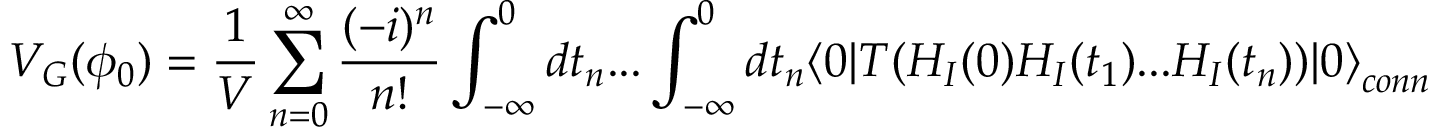
V _ { G } ( \phi _ { 0 } ) = { \frac { 1 } { V } } \sum _ { n = 0 } ^ { \infty } \frac { ( - i ) ^ { n } } { n ! } \int _ { - \infty } ^ { 0 } d t _ { n } . . . \int _ { - \infty } ^ { 0 } d t _ { n } \langle 0 | T ( H _ { I } ( 0 ) H _ { I } ( t _ { 1 } ) . . . H _ { I } ( t _ { n } ) ) | 0 { \rangle } _ { c o n n }